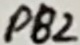
Text: PB2